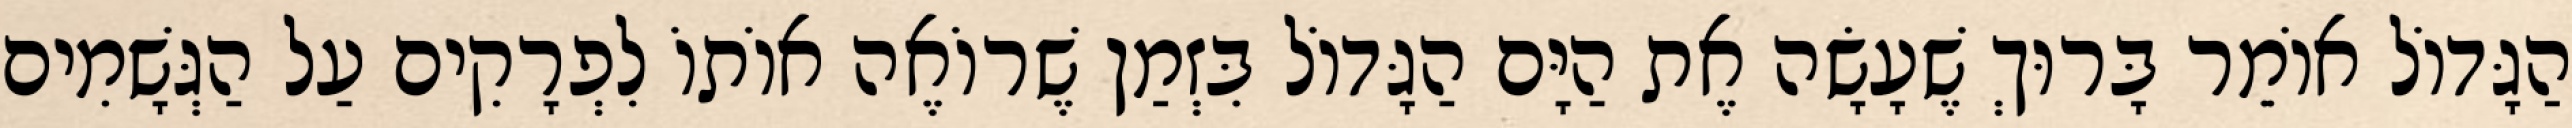
הַגָּדוֹל אוֹמֵר בָּרוּךְ שֶׁעָשָׂה אֶת הַיָּם הַגָּדוֹל בִּזְמַן שֶׁרוֹאֶה אוֹתוֹ לִפְרָקִים עַל הַגְּשָׁמִים